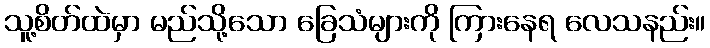
သူ့စိတ်ထဲမှာ မည်သို့သော ခြေသံများကို ကြားနေရ လေသနည်း။